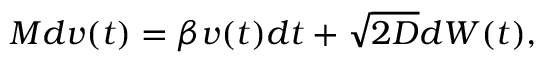
M d v ( t ) = \beta v ( t ) d t + \sqrt { 2 D } d W ( t ) ,